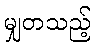
မျှတသည့်